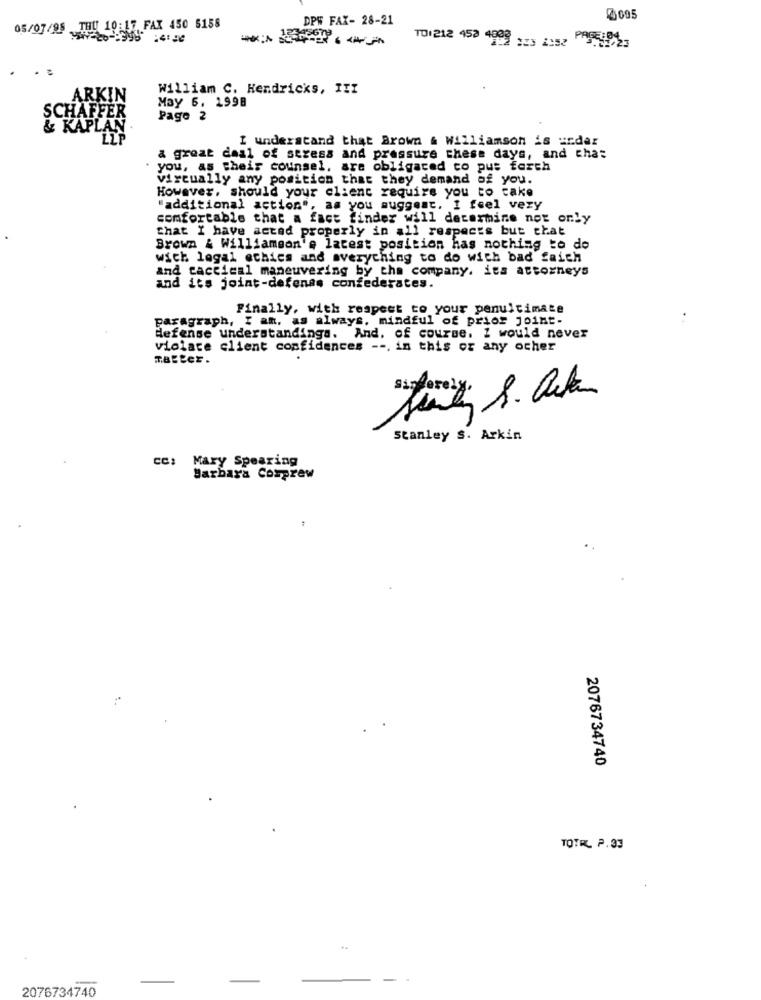
DPW FAX- 28-21
7095
THU 10:17 FAX 450 5158
05/07/ 20999914119
101212 452 4992 123 2:52 POS-401
. .
William C. Hendricks, III
ARKIN
May 6. 1998
SCHAFFER
Page 2
& KAPLA
I understand that Brown & Williamson is undar
a great deal of stress and pressure these days, and chat
. you, as theis counsel, are obligated to pus fasch
virtually any position that they demand of you.
However, should your client require you to cake
"additional action", as you suggest, I feel very
comfortable that a fact finder will determine not only
that I have acted properly in all respects but that
Brown & Williamson's latest position has nothing to do
wich legal ethics and averyching to do with bad faich
and tactical maneuvering by the company. its attorneys
and it's joint-defense confederates.
Finally, with respect to your penultimate
paragraph, I am, as always, mindful of prior joint-
defense understandinga. And. of course. 1 would never
violate client confidences --. in this or any ocher
master.
stanley S. Arkin
cc: Mary Spearing
Barbara Comprew
2076734740
TOTRL P.33
2076734740